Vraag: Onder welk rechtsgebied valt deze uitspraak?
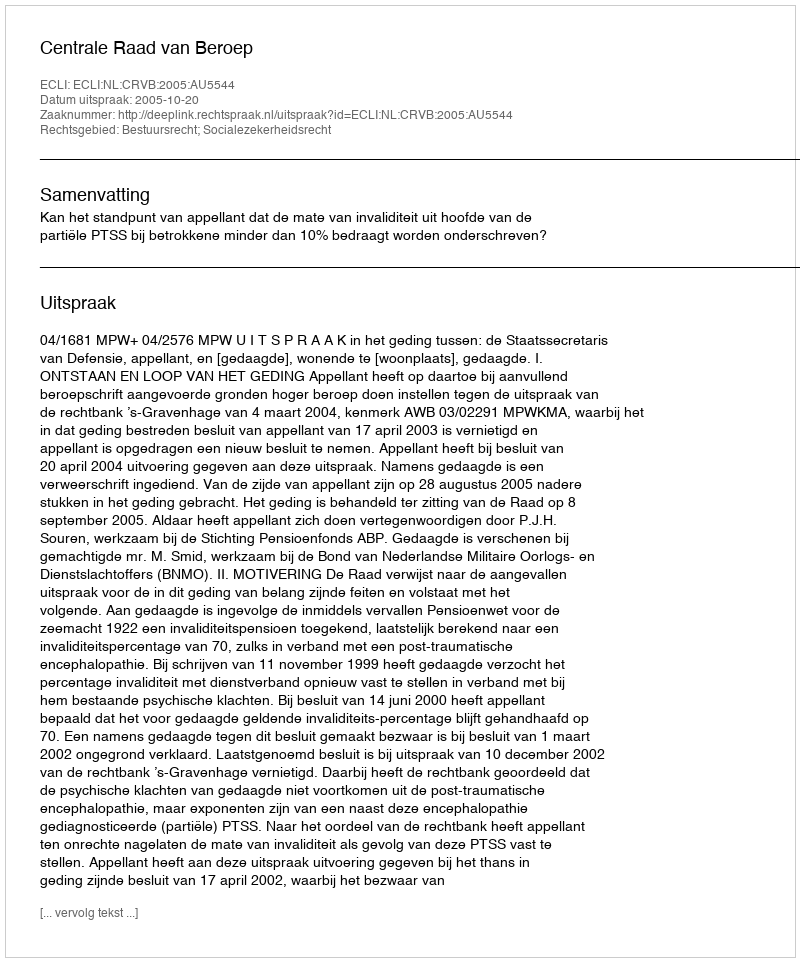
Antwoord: Bestuursrecht; Socialezekerheidsrecht